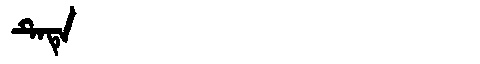
Manchu: ᡨᡝᡨᡝ
Romanization: TETE